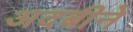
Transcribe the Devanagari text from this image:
अदबीने